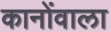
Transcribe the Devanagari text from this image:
कानोंवाला